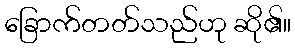
ခြောက်တတ်သည်ဟု ဆို၏။